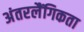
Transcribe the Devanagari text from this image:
अंतरलैंगिकता